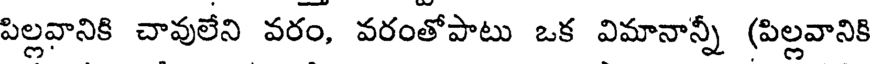
పిల్లవానికి చావులేని వరం, వరంతోపాటు ఒక విమానాన్నీ (పిల్లవానికి